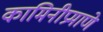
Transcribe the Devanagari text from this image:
कामिनीप्रमाणे